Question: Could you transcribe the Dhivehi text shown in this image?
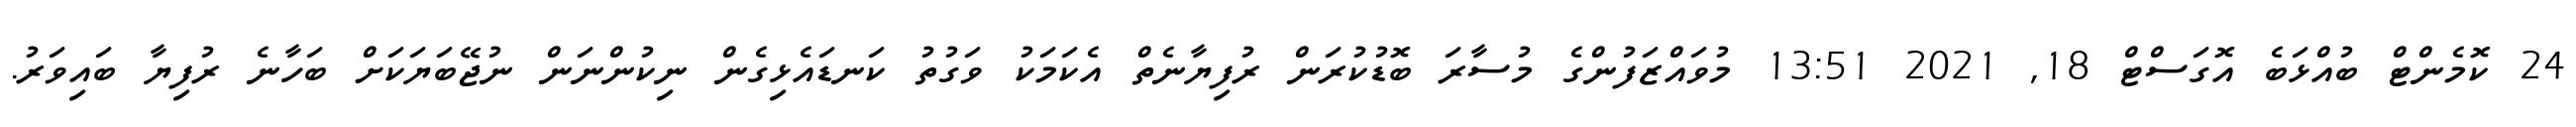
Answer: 24 ކޮމެންޓް ބުއްޅަބެ އޮގަސްޓް 18, 2021 13:51 މުވައްޒަފުންގެ މުސާރަ ބޮޑުކުރަން ރުފިޔާނެތް އެކަމަކު ވަގުތު ކަނޑައެޅިގެން ނިކުންނަން ނުޖޭބަޔަކަށް ބަހާނެ ރުފިޔާ ބައިވަރު.